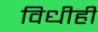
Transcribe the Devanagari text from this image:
विधीही